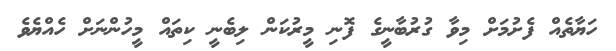
ހަޔާތެއް ފެށުމަށް މިވާ ގުރުބާނީގެ ފޮނި މީރުކަން ލިބެނީ ކިތައް މީހުންނަށް ހެއްޔެވެ